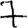
Digit: 7